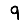
Digit: 9